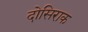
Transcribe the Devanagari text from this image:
दोसिराक